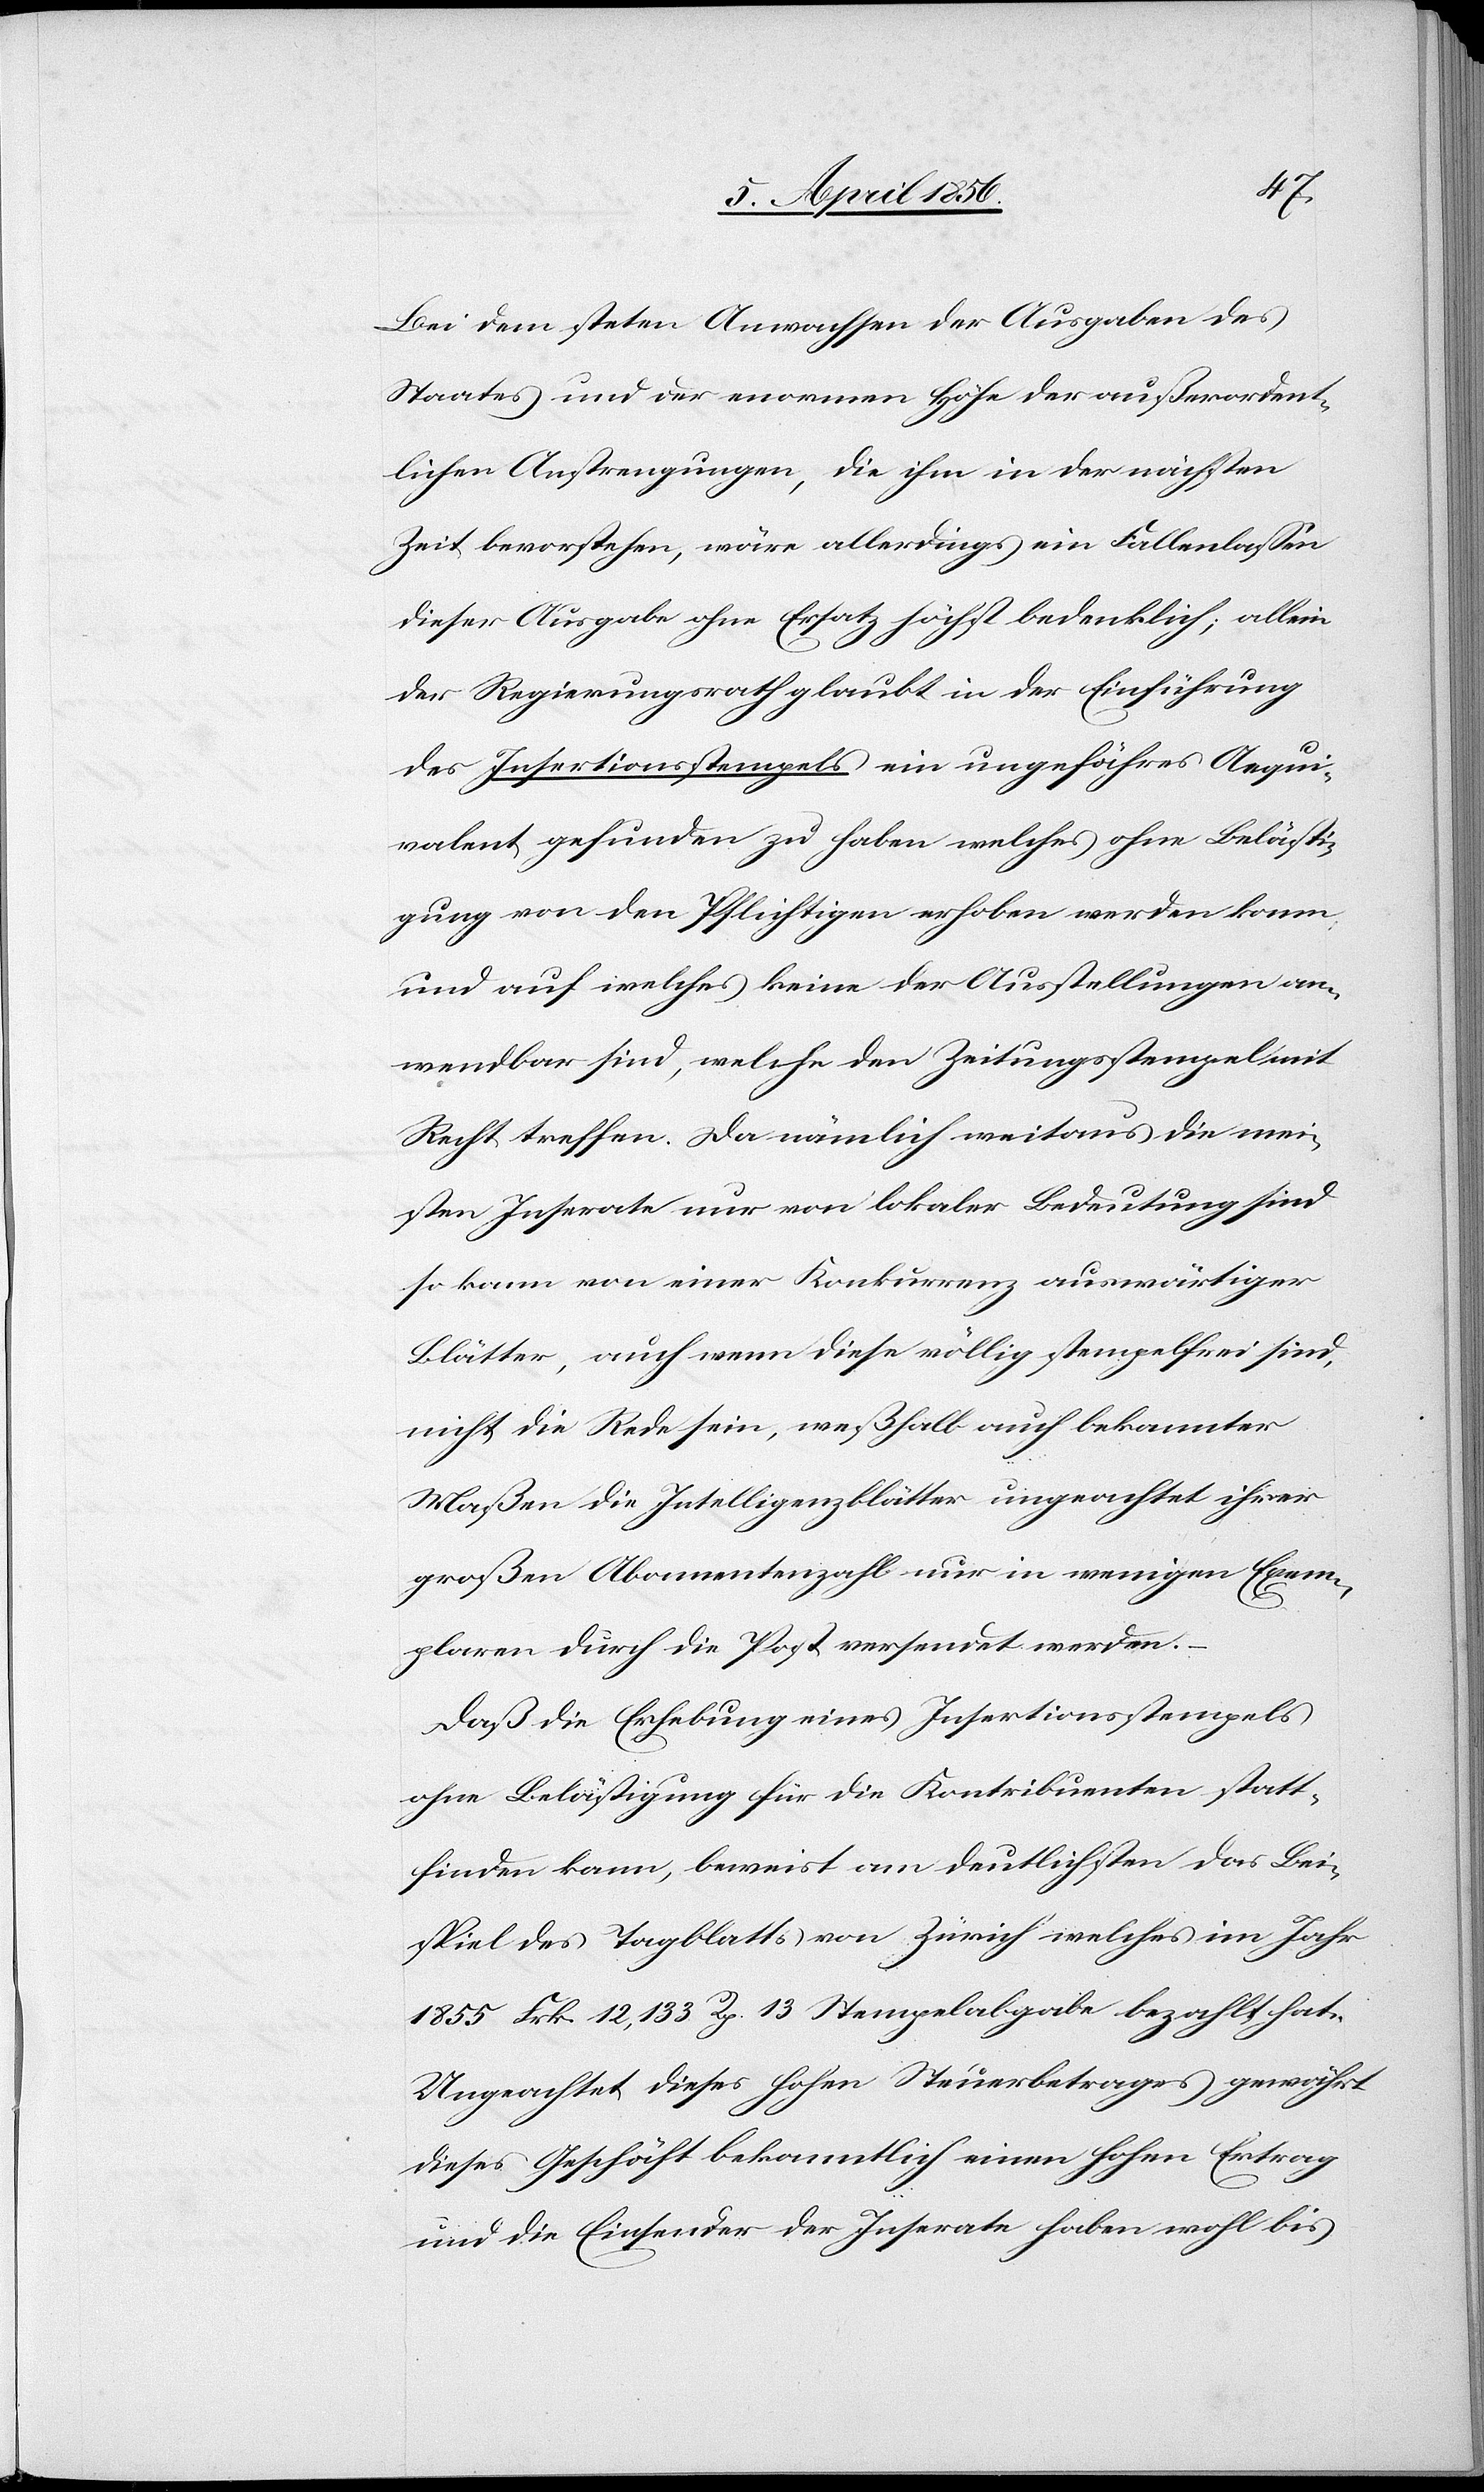
Bei dem steten Anwachsen der Ausgaben des
Staates und der enormen Höhe der außerordent¬
lichen Anstrengungen, die ihm in der nächsten
Zeit bevorstehen, wäre allerdings ein Fallenlassen
dieser Ausgabe ohne Ersatz höchst bedenklich; allein
der Regierungsrath glaubt in der Einführung
des Insertionsstempels ein ungefähres Aequi¬
valent gefunden zu haben welches ohne Belästi¬
gung von den Pflichtigen erhoben werden kann
und auf welches keine der Ausstellungen an¬
wendbar sind, welche den Zeitungsstempel mit
Recht treffen. Da nämlich weitaus die mei¬
sten Inserate nur von lokaler Bedeutung sind
so kann von einer Konkurrenz auswärtiger
Blätter, auch wenn diese völlig stempelfrei sind,
nicht die Rede sein, weßhalb auch bekannter
Maßen die Intelligenzblätter ungeachtet ihrer
großen Abonnentenzahl nur in wenigen Exem¬
plaren durch die Post versendet werden.
Daß die Erhebung eines Insertionsstempels
ohne Belästigung für die Kontribuenten statt¬
finden kann, beweist am deutlichsten das Bei¬
spiel des Tagblatts von Zürich welches im Jahr
1855 Frk. 12,133 Rp. 13 Stempelabgabe bezahlt hat.
Ungeachtet dieses hohen Steuerbetrages gewährt
dieses Geschäft bekanntlich einen hohen Ertrag
und die Einsender der Inserate haben wohl bis